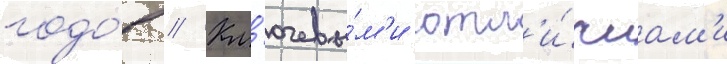
годо́в // Кл'ючевы́м'и отл'и́чиам'и